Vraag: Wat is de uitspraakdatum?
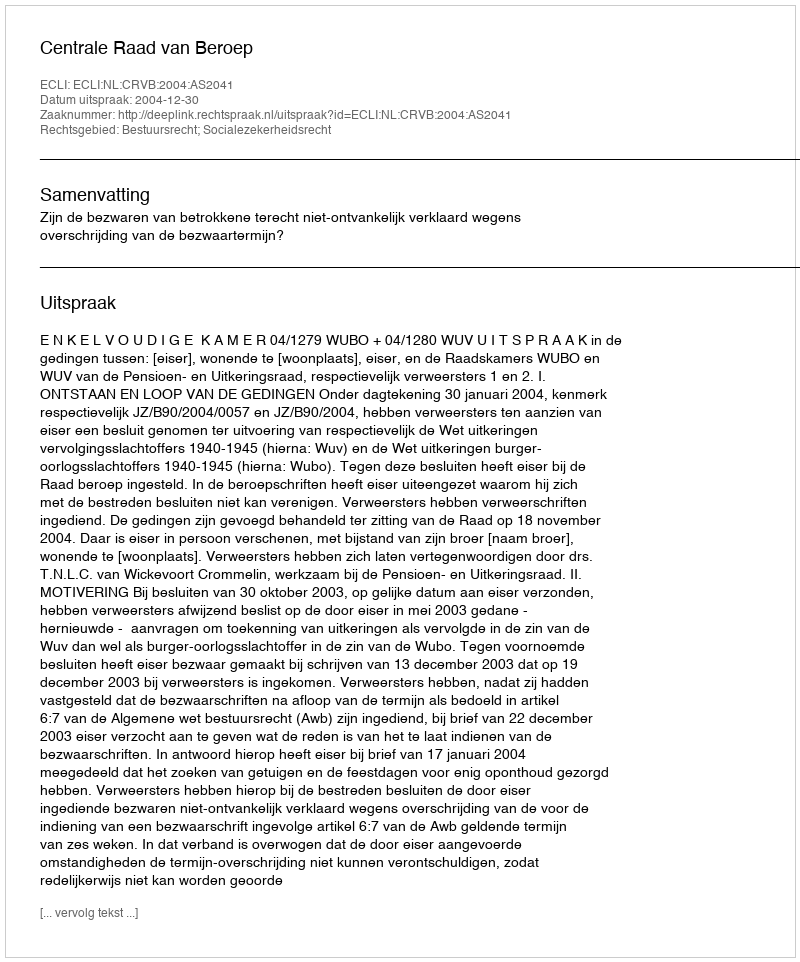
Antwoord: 2004-12-30